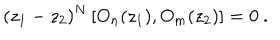
LaTeX: ( z _ { 1 } - z _ { 2 } ) ^ { N } \left[ O _ { n } ( z _ { 1 } ) , O _ { m } ( z _ { 2 } ) \right] = 0 \ .